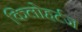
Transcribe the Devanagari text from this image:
किलोहर्टज